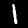
Digit: 1